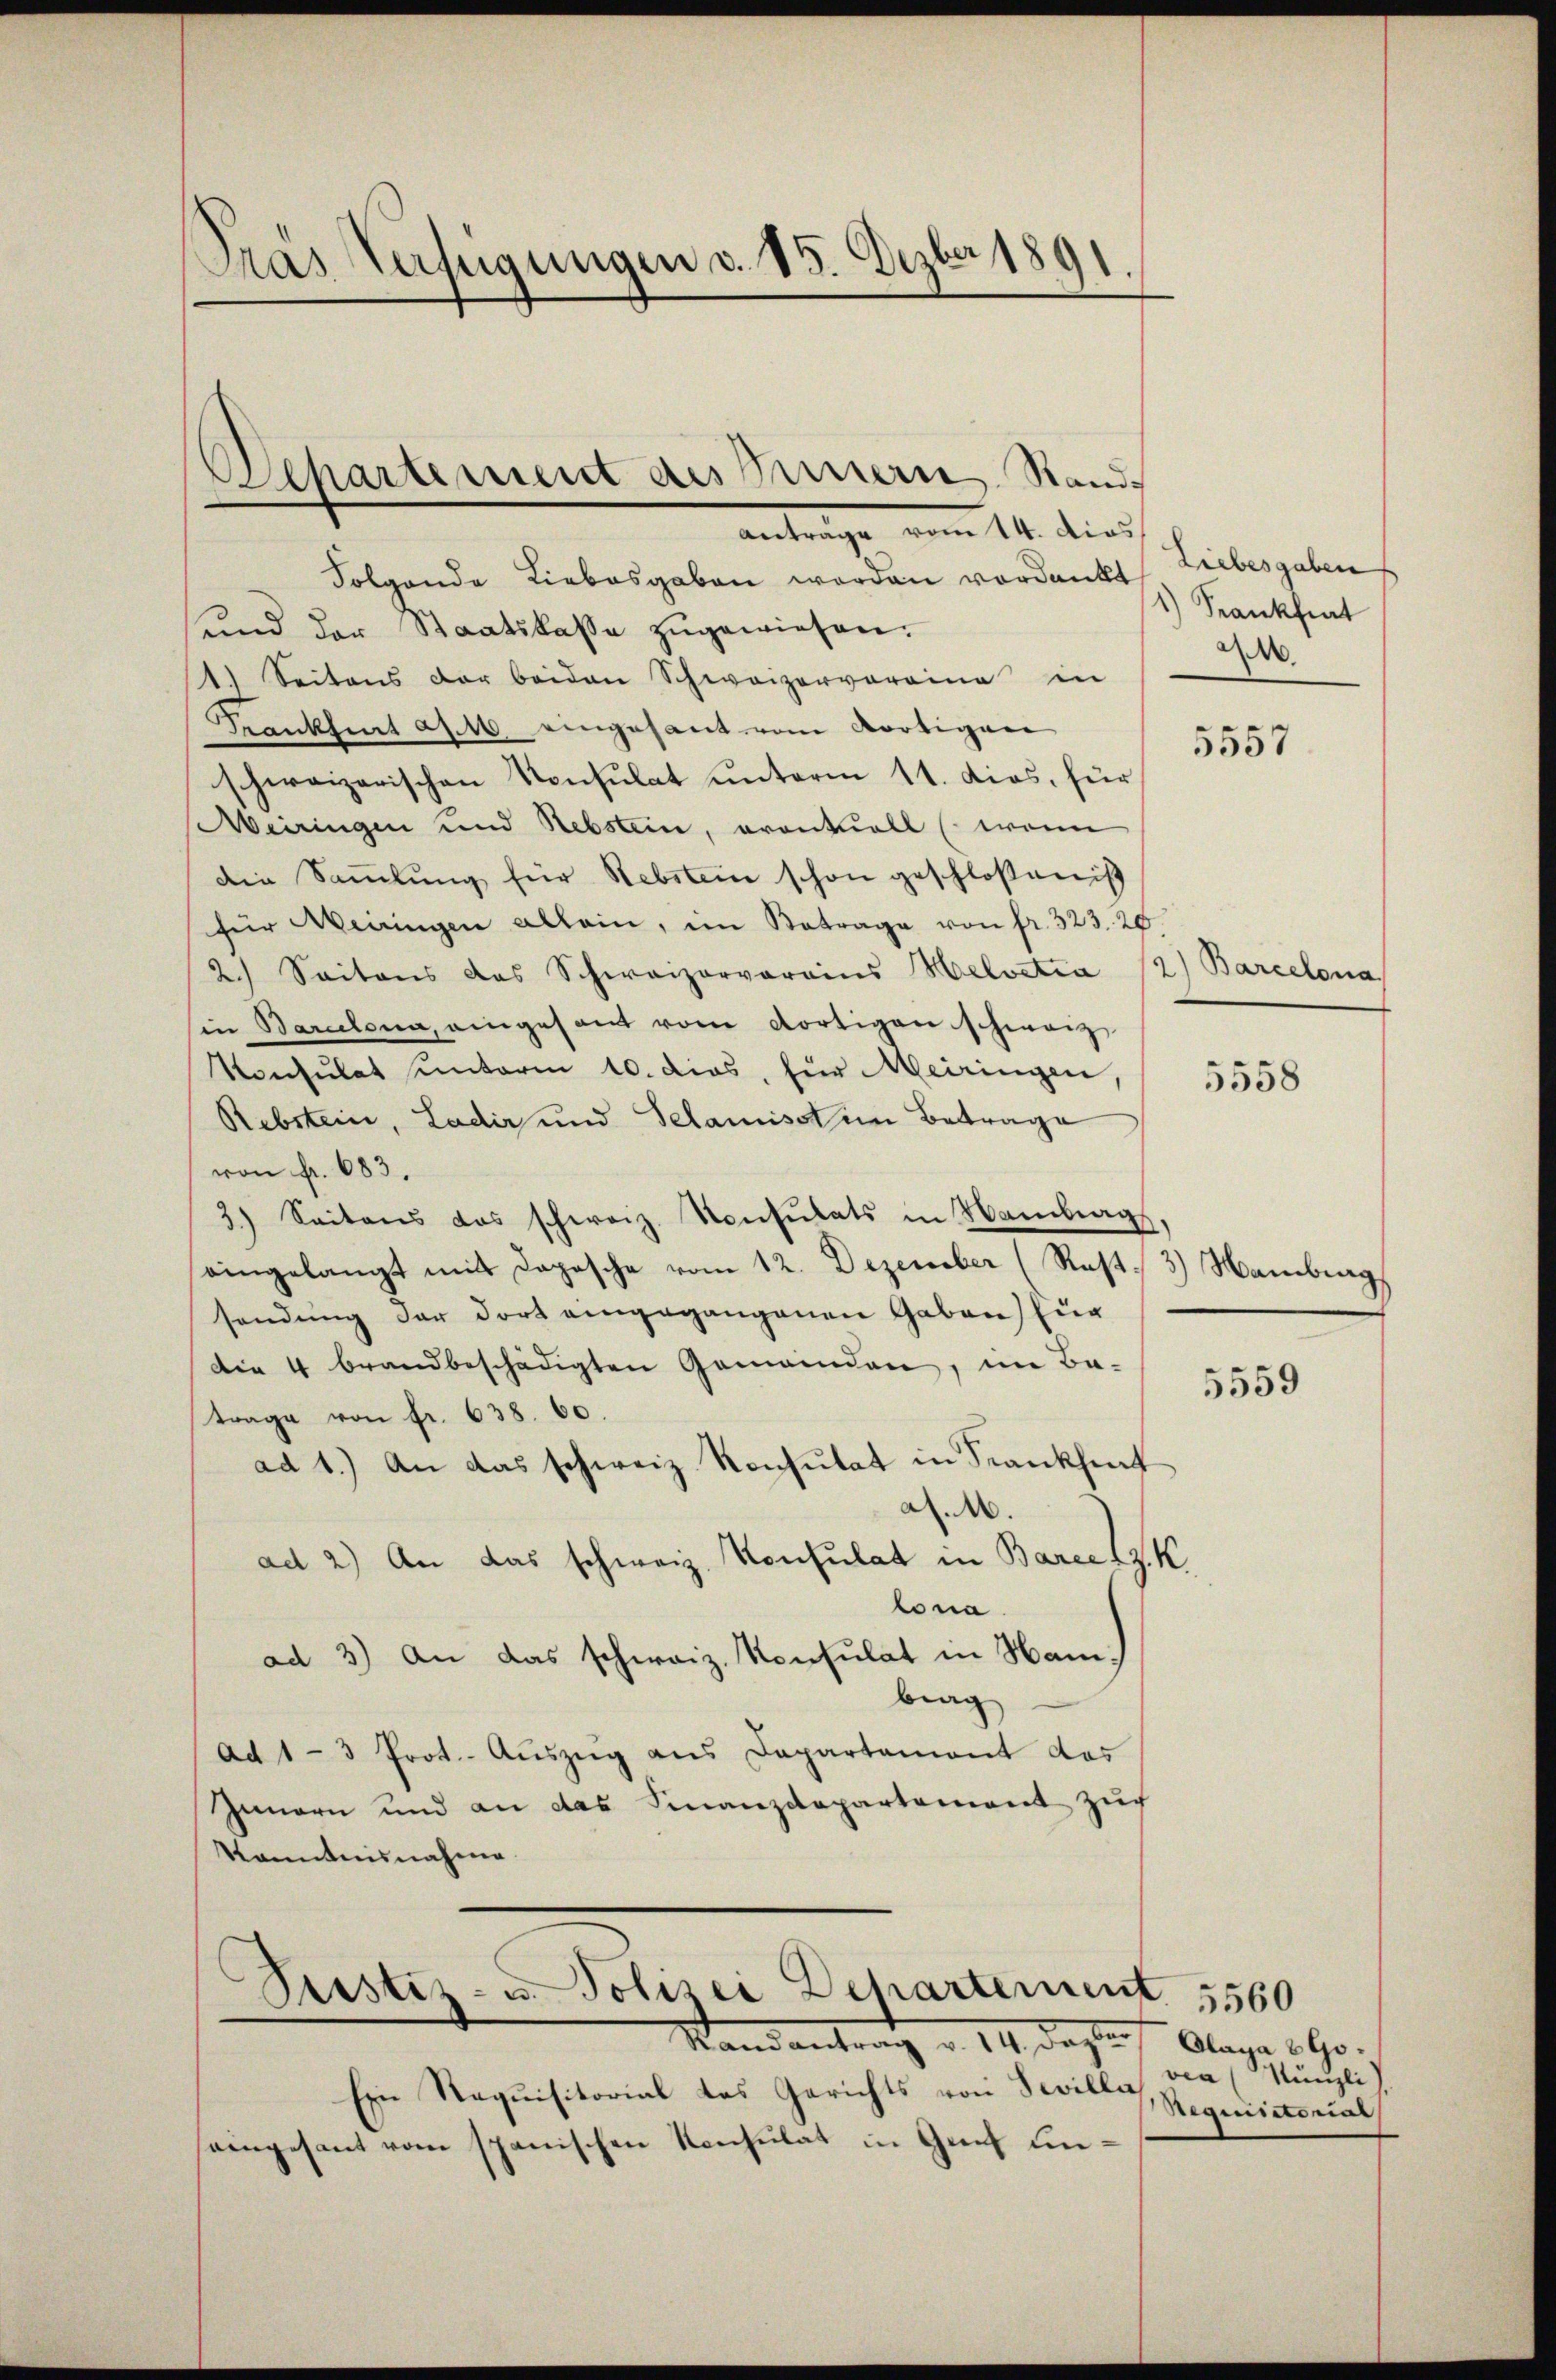
Dras Verfügungen d. 15. Dezber 1891

Departement des Innern Rand
Anträge vom 14. dies

Folgende Liebesgaben worden verdankt, Liebesgaben
und der Staatskasse zŭgewiesen.
1.) Seitens der beiden Schweizervorrina in
Frankfurt an. 16 eingesant vom dortigen
schweizerischen Konsulat unterm 11. dies, für
Meiringen und Rebstein, eventuell (wenn
Die Sammlung für Rebstein schon geschloßen is
für Weiningen allein, im Betrage von fr. 323. 20
2.) Seitens des Schweizerverains Helvetia 12) Barcelona
in Barcelona, eingesant vom dortigen schwarz
Konsulat unterm 10. dies, für Meiringen,
Rebstein, Ladir und Selamisst im Betrage
von fr. 683.
3) Seitens das schweiz. Konsulats in Nambag,
eingelangt mit Daposche vom 12. Dezember (Rost- 3) Hamburg
sendung der dort eingegangenen Gaben) zug
Die 4 brandbeschädigten Gemeinden, im Be-
trage von fr. 638. 60.
ad 1.) An das schweiz. Konsulat in Frankheit
as. 1.
ad 2) An das schweiz. Konsulat in Barcetz. K
lona
ad 3.) An das schweiz. Konsulat in Hambrag
Ad 1-3 Prot.- Aŭszŭg ans Departement das
Innern und an das Finanzdepartement zŭch
Kenntnisnahme.
Justiz- u. Polizei Departement. 1560
Randantrag v. 14. dazu f. Klage 190.
Ein Requisitorial das Gerichts von Seille,
eingesant vom spanischen Konsulat in Genf un¬

1) Krankfiat
A

5557

5558

5559

ven (Nünzli
Requisitorial